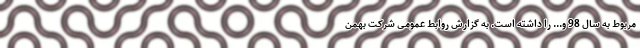
مربوط به سال 98 و... را داشته است. به گزارش روابط عمومی شرکت بهمن